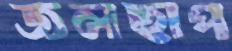
জলছাপ